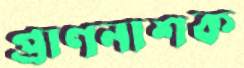
প্রাণনাশক